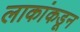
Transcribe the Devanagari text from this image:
लाकांकडून